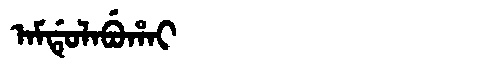
Manchu: ᠠᠮᡩᡠᠯᠠᠪᡠᡥᠠᡳ
Romanization: AMDULABUHAI